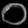
Digit: ၀